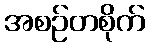
အစဉ်တစိုက်